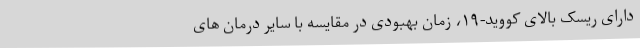
دارای ریسک بالای کووید-۱۹، زمان بهبودی در مقایسه با سایر درمان های